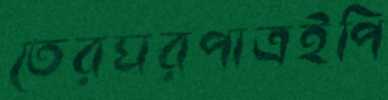
তেরঘরপাত্রইপি